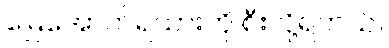
မြေအောက်ရထားကို စီးလို့ရတယ်။